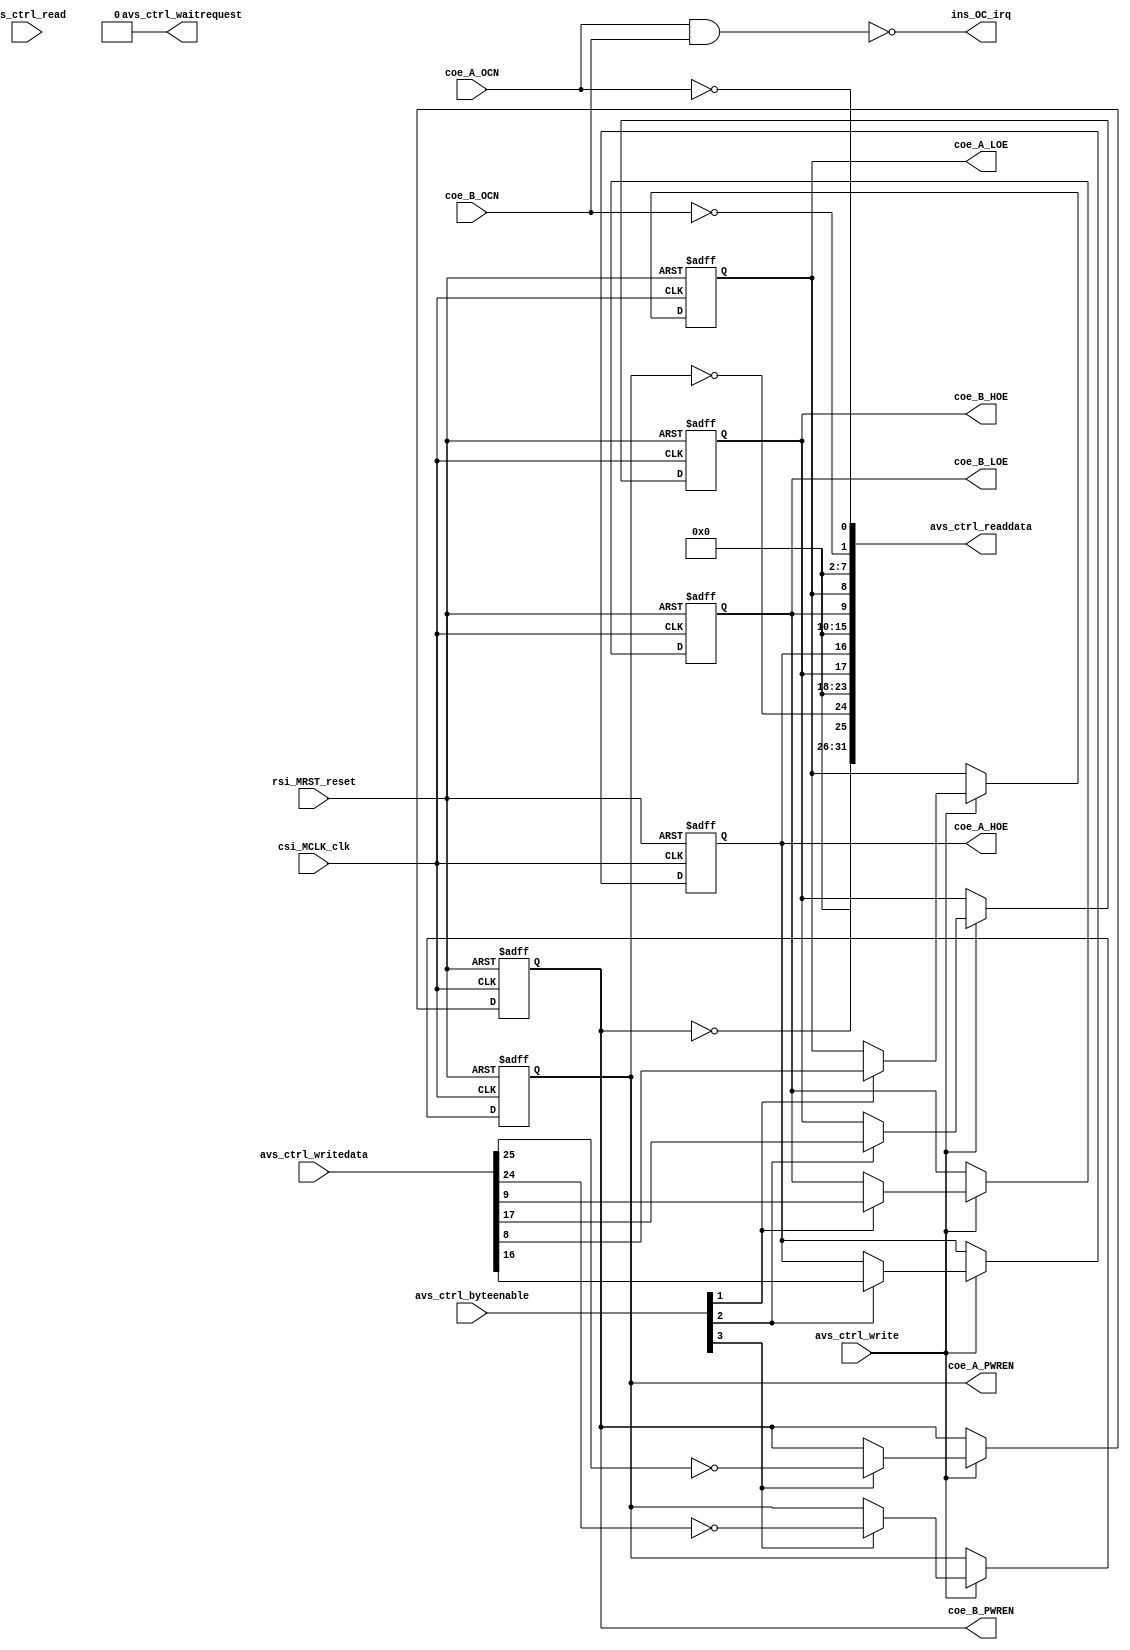
module basic_ShieldCtrl(
//Avalon System control signal.
input					rsi_MRST_reset,	// reset_n from MCU GPIO
input					csi_MCLK_clk,

//Avalon-MM Control.
input		[31:0]	avs_ctrl_writedata,
output	[31:0]	avs_ctrl_readdata,
input		[3:0]		avs_ctrl_byteenable,
input					avs_ctrl_write,
input					avs_ctrl_read,
output				avs_ctrl_waitrequest,

//Over current interrupt.
output				ins_OC_irq,

input					coe_A_OCN,
output				coe_A_PWREN,
output				coe_A_HOE,
output				coe_A_LOE,
input					coe_B_OCN,
output				coe_B_PWREN,
output				coe_B_HOE,
output				coe_B_LOE
);

reg					rMODA_PWREN = 1;
reg					rMODA_HOE = 0;
reg					rMODA_LOE = 0;

reg					rMODB_PWREN = 1;
reg					rMODB_HOE = 0;
reg					rMODB_LOE = 0;

assign	avs_ctrl_readdata = {6'b0, ~rMODB_PWREN, ~rMODA_PWREN, 6'b0, rMODB_HOE, rMODA_HOE, 6'b0, rMODB_LOE, rMODA_LOE, 6'b0, ~coe_B_OCN, ~coe_A_OCN};
assign	avs_ctrl_waitrequest = 1'b0;
assign	ins_OC_irq = ~(coe_A_OCN & coe_B_OCN);

assign	coe_A_PWREN = rMODA_PWREN;
assign	coe_A_HOE = rMODA_HOE;
assign	coe_A_LOE = rMODA_LOE;

assign	coe_B_PWREN = rMODB_PWREN;
assign	coe_B_HOE = rMODB_HOE;
assign	coe_B_LOE = rMODB_LOE;

always@(posedge csi_MCLK_clk or posedge rsi_MRST_reset)
begin
	if(rsi_MRST_reset) begin
		rMODA_PWREN <= 1;
		rMODA_HOE <= 0;
		rMODA_LOE <= 0;
		rMODB_PWREN <= 1;
		rMODB_HOE <= 0;
		rMODB_LOE <= 0;
	end
	else begin
		if(avs_ctrl_write) begin
			if(avs_ctrl_byteenable[3]) begin rMODB_PWREN <= ~avs_ctrl_writedata[25]; rMODA_PWREN <= ~avs_ctrl_writedata[24]; end
			if(avs_ctrl_byteenable[2]) begin rMODB_HOE <= avs_ctrl_writedata[17]; rMODA_HOE <= avs_ctrl_writedata[16]; end
			if(avs_ctrl_byteenable[1]) begin rMODB_LOE <= avs_ctrl_writedata[9]; rMODA_LOE <= avs_ctrl_writedata[8]; end
		end
	end
end

endmodule